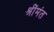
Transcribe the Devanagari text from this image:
श्रींमंत